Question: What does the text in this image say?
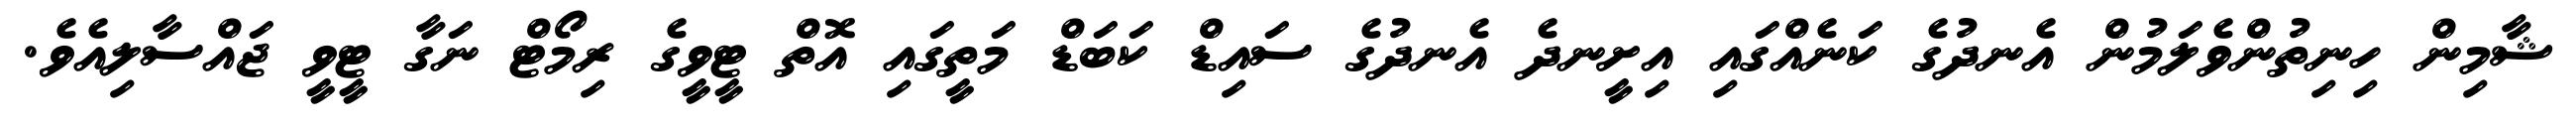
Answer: ޝާމިން ހިނިތުންވެލަމުން އެނދުގެ ކަނެއްގައި އިށީނދެ އެނދުގެ ސައިޑް ކަބަޑް މަތީގައި އޮތް ޓީވީގެ ރިމޯޓް ނަގާ ޓީވީ ޖައްސާލިއެވެ.